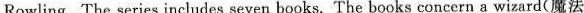
Rowling. The series includes seven books. The books concern a wizard(魔法